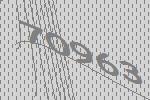
70963